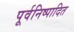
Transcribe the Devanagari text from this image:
पूर्वनिष्पादित